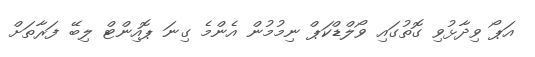
އަޕޯ ވިދާޅުވި ގޮތުގައި ވޯލްޑްކަޕް ނިމުމުން އެންމެ ގިނަ ޕޮއިންޓް ލިބޭ ފަރާތަށް